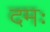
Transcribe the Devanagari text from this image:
दमः